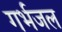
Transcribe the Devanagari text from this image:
गर्भजल